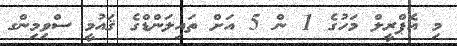
މި އެޕްރީލް މަހުގެ 1 ން 5 އަށް ތައިލަންޑްގެ ޤައުމީ ސްވިމިންގ